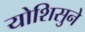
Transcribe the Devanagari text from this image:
योशिसुने